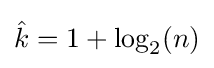
{\hat {k}}=1+\log _{2}(n)